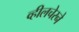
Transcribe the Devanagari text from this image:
व्हीलचेरने